Report of the Municipal Commissioner on the plague in Bombay for the year ending 31st May... - Volume 2
Disease focus: Plague
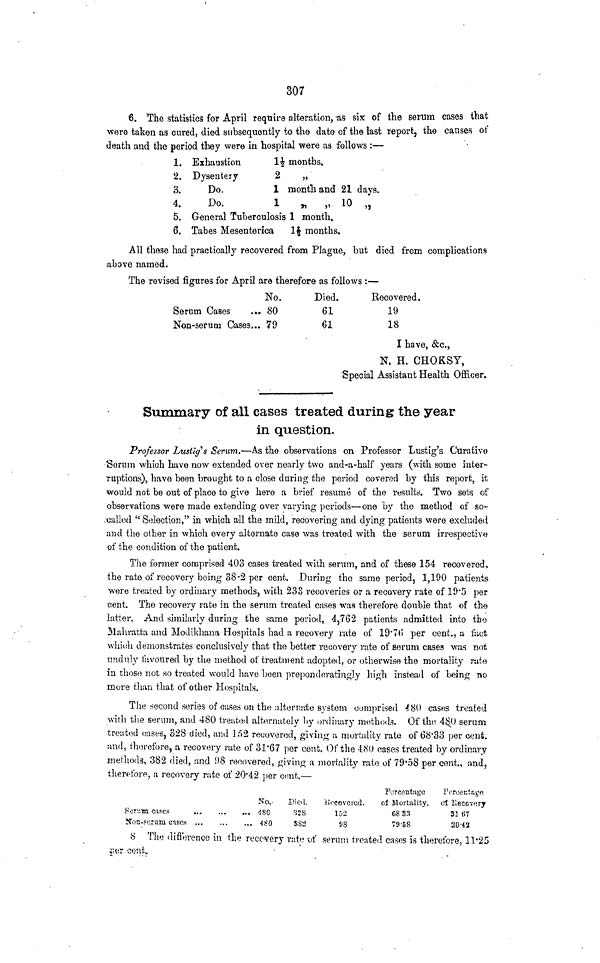
307
6. The statistics for April require alteration, 'as six of the serum cases that
were taken as cured, died subsequently to the date of the last report, the causes ot
death and the period they were in hospital were as follows :—
1. Exhaustion
1£ months.
2. Dysentery
2
„
3.
Do.
1 month and 21 days.
4.
Do.
1
»
„ 10 „
5. General Tuberculosis 1 month.
6. Tabes Mesenterica
1$ months.
All those had practically recovered from Plague, but died from complications
above named.
The revised figures for April are therefore as follows :—
No.
Serum Cases
... 80
Non-serum Cases... 79
Died.
61
61
Recovered.
19
18
I have, &c.,
N. H. CHOKSY,
Special Assistant Health Officer.
Summary of all eases treated during the year
in question.
Professor Lusliys Serum.—As the observations on Professor Lustig's Curative
Serum which have now extended over nearly two and-a-half years (with some inter-
ruptions), have been brought to a close during the period covered by this report, it
would not be out of place to give here a brief resume of the results. 'Two sets of
observations were made extending over varying periods—one by the method of so-
called " Selection," in which all the mild, recovering and dying patients were excluded
and the other in which every alternate case was treated with the serum irrespective
of the condition of the patient.
The former comprised 403 cases treated with serum, and of these 154 recovered,
the rate of recovery being 38*2 per cent. During the same period, 1,190 patients
were treated by ordinary methods, with 233 recoveries or a recovery rate of 19'5 per
cent. The recovery rate in the serum treated cases was therefore double that of the
latter. And similarly during the same period, 4,762 patients admitted into the
Mahratta and Modikhana Hospitals had a recovery rate of 19*7(1 per cent., a fact
whi<;h demonstrates conclusively that the better recovery rate of serum cases was not
unduly favoured by the method of treatment adopted, or otherwise the mortality rate
in those not so treated would have "been preponderating^ high instead of being no
more than that of other Hospitals.
The .second scries of cases on the alternate system comprised 480 casos treated
with the serum, and 480 treated alternately by ordinary methods. Of the 4$0 serum
treated cases, 328 died, and Jr>2 recovered, giving a mortality rate of 68*33 per cent.
and, therefore, a recovery rate of 31*67 per cent. Of the 480 eases treated by ordinary
methods, 382 died, and 1)8 recovered, giving a mortality rate of 79'58 per cent., and,
therefore, a recovery rate of 20'42 per cent.—
Forv.wi cases
Non-Fornru cases ...
Ncv
-180
480
Died.
328
5S3
i'fcovcrocl.
152
98
Porcentuge
of Mortality.
68 3. 1 }
7SV5S
l'orcectf.g«
of Hecc™ry
31 «7
20-42
8 The difference in the recovery rate -of serum treated cases is therefore, 11*25
?7(!T COUt.